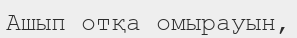
Ашып отқа омырауын,